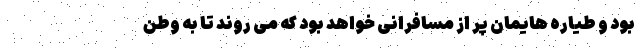
بود و طیاره هایمان پر از مسافرانی خواهد بود که می روند تا به وطن